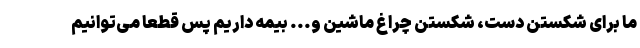
ما برای شکستن دست، شکستن چراغ ماشین و... بیمه داریم پس قطعا می‌توانیم